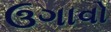
ઉગાવો